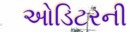
ઓડિટરની